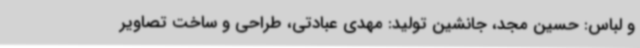
و لباس: حسین مجد، جانشین تولید: مهدی عبادتی، طراحی و ساخت تصاویر